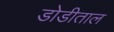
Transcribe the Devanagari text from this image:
डोडीताल